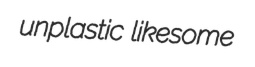
unplastic likesome